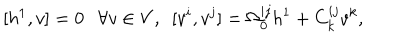
LaTeX: [ h ^ { 1 } , v ] = 0 \ \ \ \forall v \in V , \ \ [ v ^ { i } , v ^ { j } ] = \Omega _ { 0 } ^ { i j } h ^ { 1 } + C _ { k } ^ { i j } v ^ { k } ,